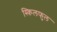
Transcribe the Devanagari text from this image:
स्किलफुल